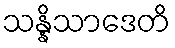
သန္နိသာဒေတိ